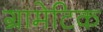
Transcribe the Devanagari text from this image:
ग्रामेटिक